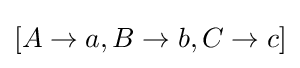
\left[A\rightarrow a,B\rightarrow b,C\rightarrow c\right]